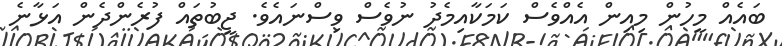
ބައެއް މީހުން މިއިން އެއްވެސް ކަމަކާއިމެދު ނުވެސް ވިސްނައެވެ. ޖީބުތައް ފުރެންދެން އަޅާނެ